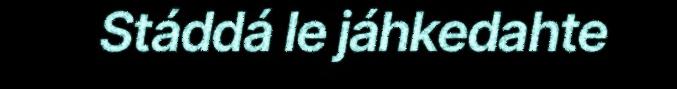
Stáddá le jáhkedahte